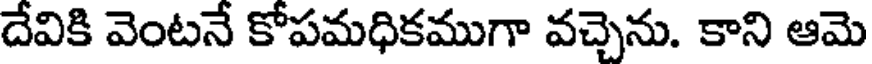
దేవికి వెంటనే కోపమధికముగా వచ్చెను. కాని ఆమె